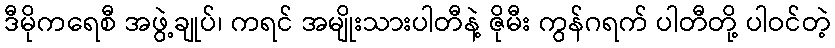
ဒီမိုကရေစီ အဖွဲ့ချုပ်၊ ကရင် အမျိုးသားပါတီနဲ့ ဇိုမီး ကွန်ဂရက် ပါတီတို့ ပါဝင်တဲ့